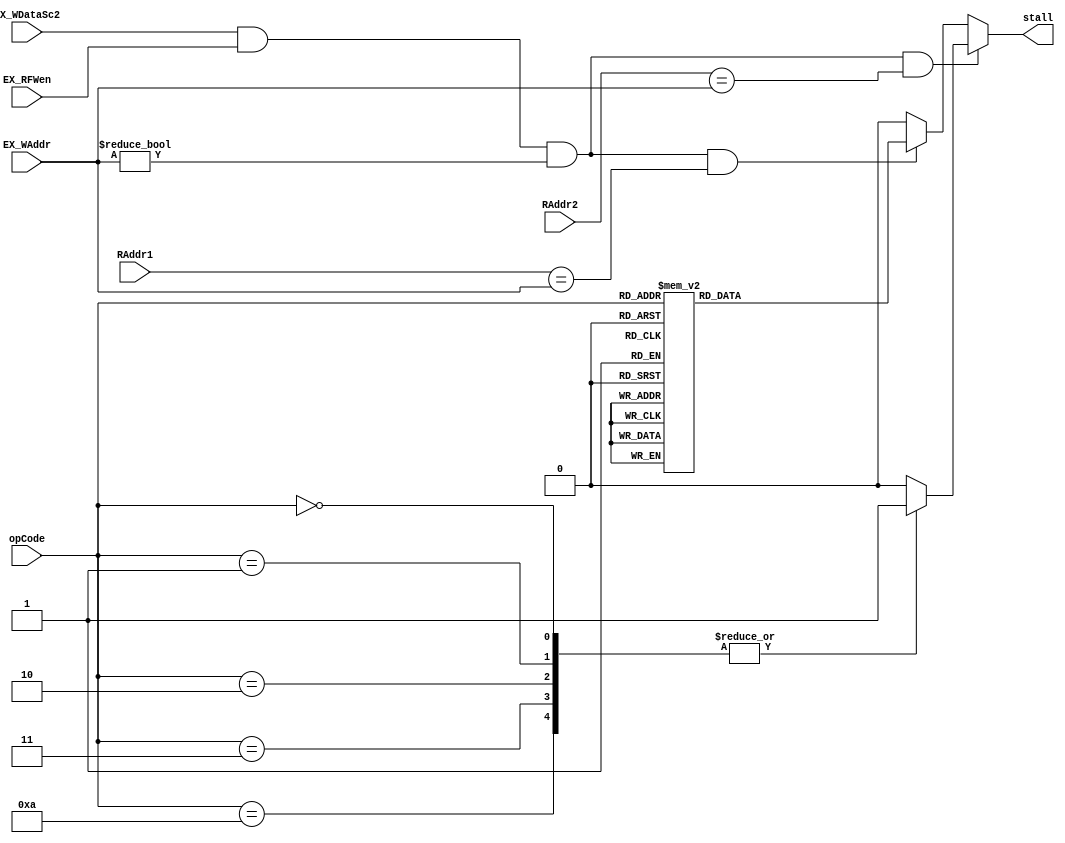
//This hazard detection unit only handles true dependency of non_control instructions

module HazardDetectionUnit(input [3:0]opCode, RAddr1, RAddr2, EX_WAddr,
                           input EX_WDataSc2, EX_RFWen,
                           output reg stall);

always @*
begin
  stall = 0;
  if(EX_WDataSc2 && EX_RFWen && (EX_WAddr!=0) && (RAddr1==EX_WAddr))
    case(opCode)
      //ADD, SUB, AND, OR, SLL, SRL, SRL, RL, LW, SW need to read from Register[RAddr1]
      4'd0,4'd1,4'd2,4'd3,4'd4,4'd5,4'd6,4'd7,4'd8,4'd9: stall=1;
      default: stall=0;
    endcase
  if(EX_WDataSc2 && EX_RFWen && (EX_WAddr!=0) && (RAddr2==EX_WAddr))
    case(opCode)
      //ADD, SUB, AND, OR, SW, LHB need to read from Register[RAddr2], but SW can use mem to mem forwarding thus causes no stall
      4'd0,4'd1,4'd2,4'd3,4'd10: stall=1;
      default: stall=0;
    endcase
end

endmodule